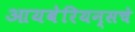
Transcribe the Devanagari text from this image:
आयबेरियन्सचे